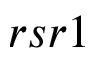
r s r 1